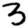
Digit: 3